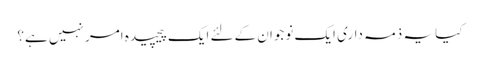
کیا یہ ذمہ داری ایک نوجوان کےلئے ایک پیچیده امر نہیں ہے؟